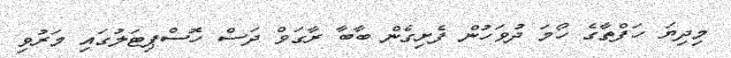
މިދިޔަ ހަފްތާގެ ހޯމަ ދުވަހުން ފެށިގެން ބާބާ ރާގަވް ދަސް ހޮސްޕިޓަލުގައި މަރުވި